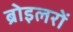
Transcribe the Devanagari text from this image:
ब्रोइलरों